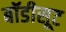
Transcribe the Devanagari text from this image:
बॉडीसूट